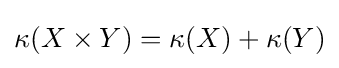
\kappa (X\times Y)=\kappa (X)+\kappa (Y)